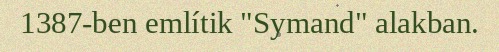
1387-ben említik "Symand" alakban.